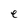
Character: e